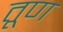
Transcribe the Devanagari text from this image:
तूण